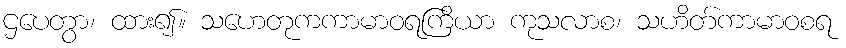
ဌပေတွာ၊ ထား၍။ သဟေတုကကာမာဝရကြိယာ ကုသလာစ၊ သဟိတ်ကာမာဝစရ